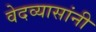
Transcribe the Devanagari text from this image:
वेदव्यासांनी